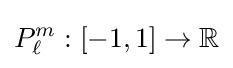
P_{\ell }^{m}:[-1,1]\to \mathbb {R}